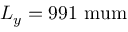
L _ { y } = 9 9 1 \mathrm { \ m u m }